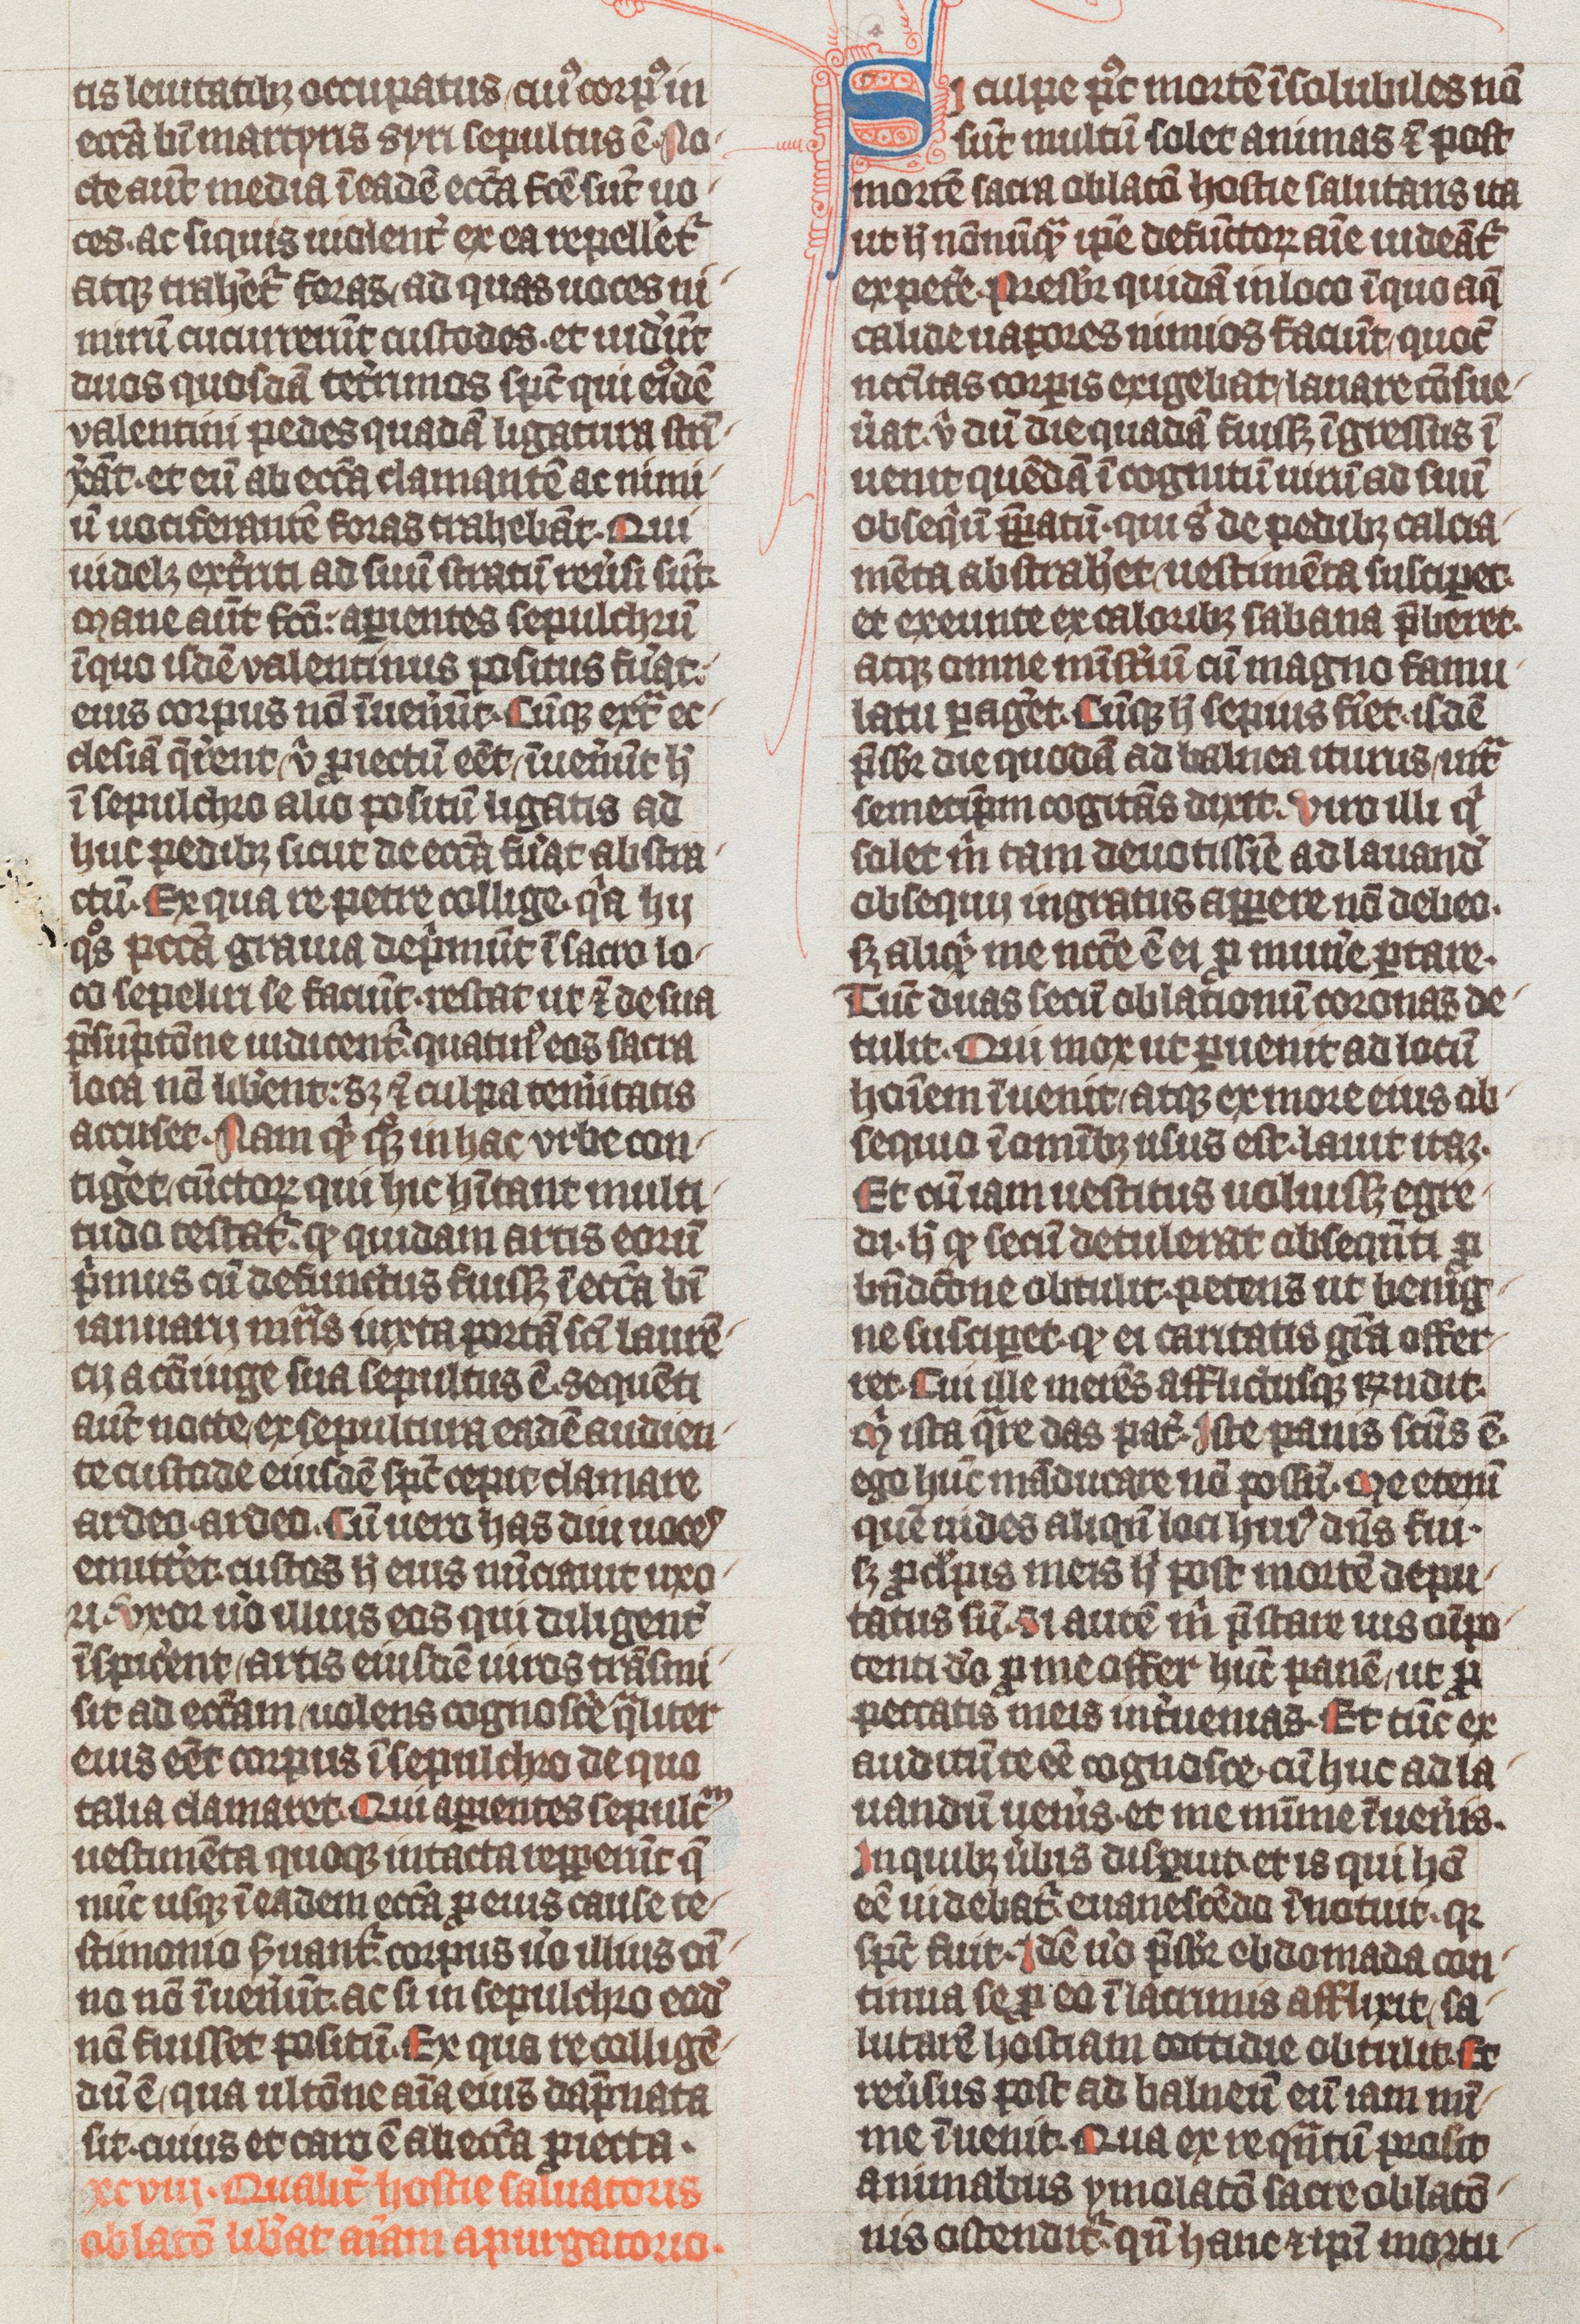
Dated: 1338–1340